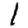
Digit: 1